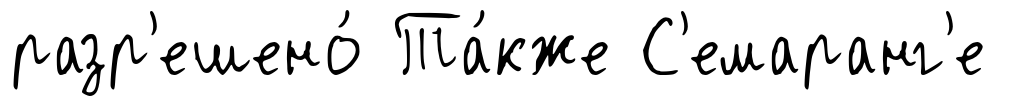
разр'ешено́ Та́кже С'емаранг'е